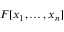
F [ x _ { 1 } , \dots , x _ { n } ]